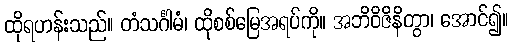
ထိုရဟန်းသည်။ တံသင်္ဂါမံ၊ ထိုစစ်မြေအရပ်ကို။ အဘိဝိဇိနိတွာ၊ အောင်၍။